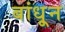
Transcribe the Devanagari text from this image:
बांधू्न